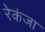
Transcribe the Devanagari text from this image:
रेकंजा